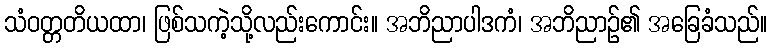
သံဝတ္တတိယထာ၊ ဖြစ်သကဲ့သို့လည်းကောင်း။ အဘိညာပါဒကံ၊ အဘိညာဉ်၏ အခြေခံသည်။